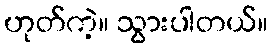
ဟုတ်ကဲ့။ သွားပါတယ်။